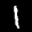
Label: 1